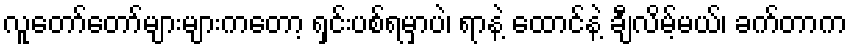
လူတော်တော်များများကတော့ ရှင်းပစ်ရမှာပဲ၊ ရာနဲ့ ထောင်နဲ့ ချီလိမ့်မယ်၊ ခက်တာက